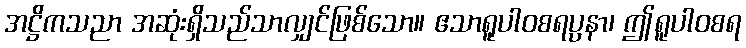
အဋ္ဌိကသညာ အဆုံးရှိသည်သာလျှင်ဖြစ်သော။ ဧသာရူပါဝစရပ္ပနာ၊ ဤရူပါဝစရ